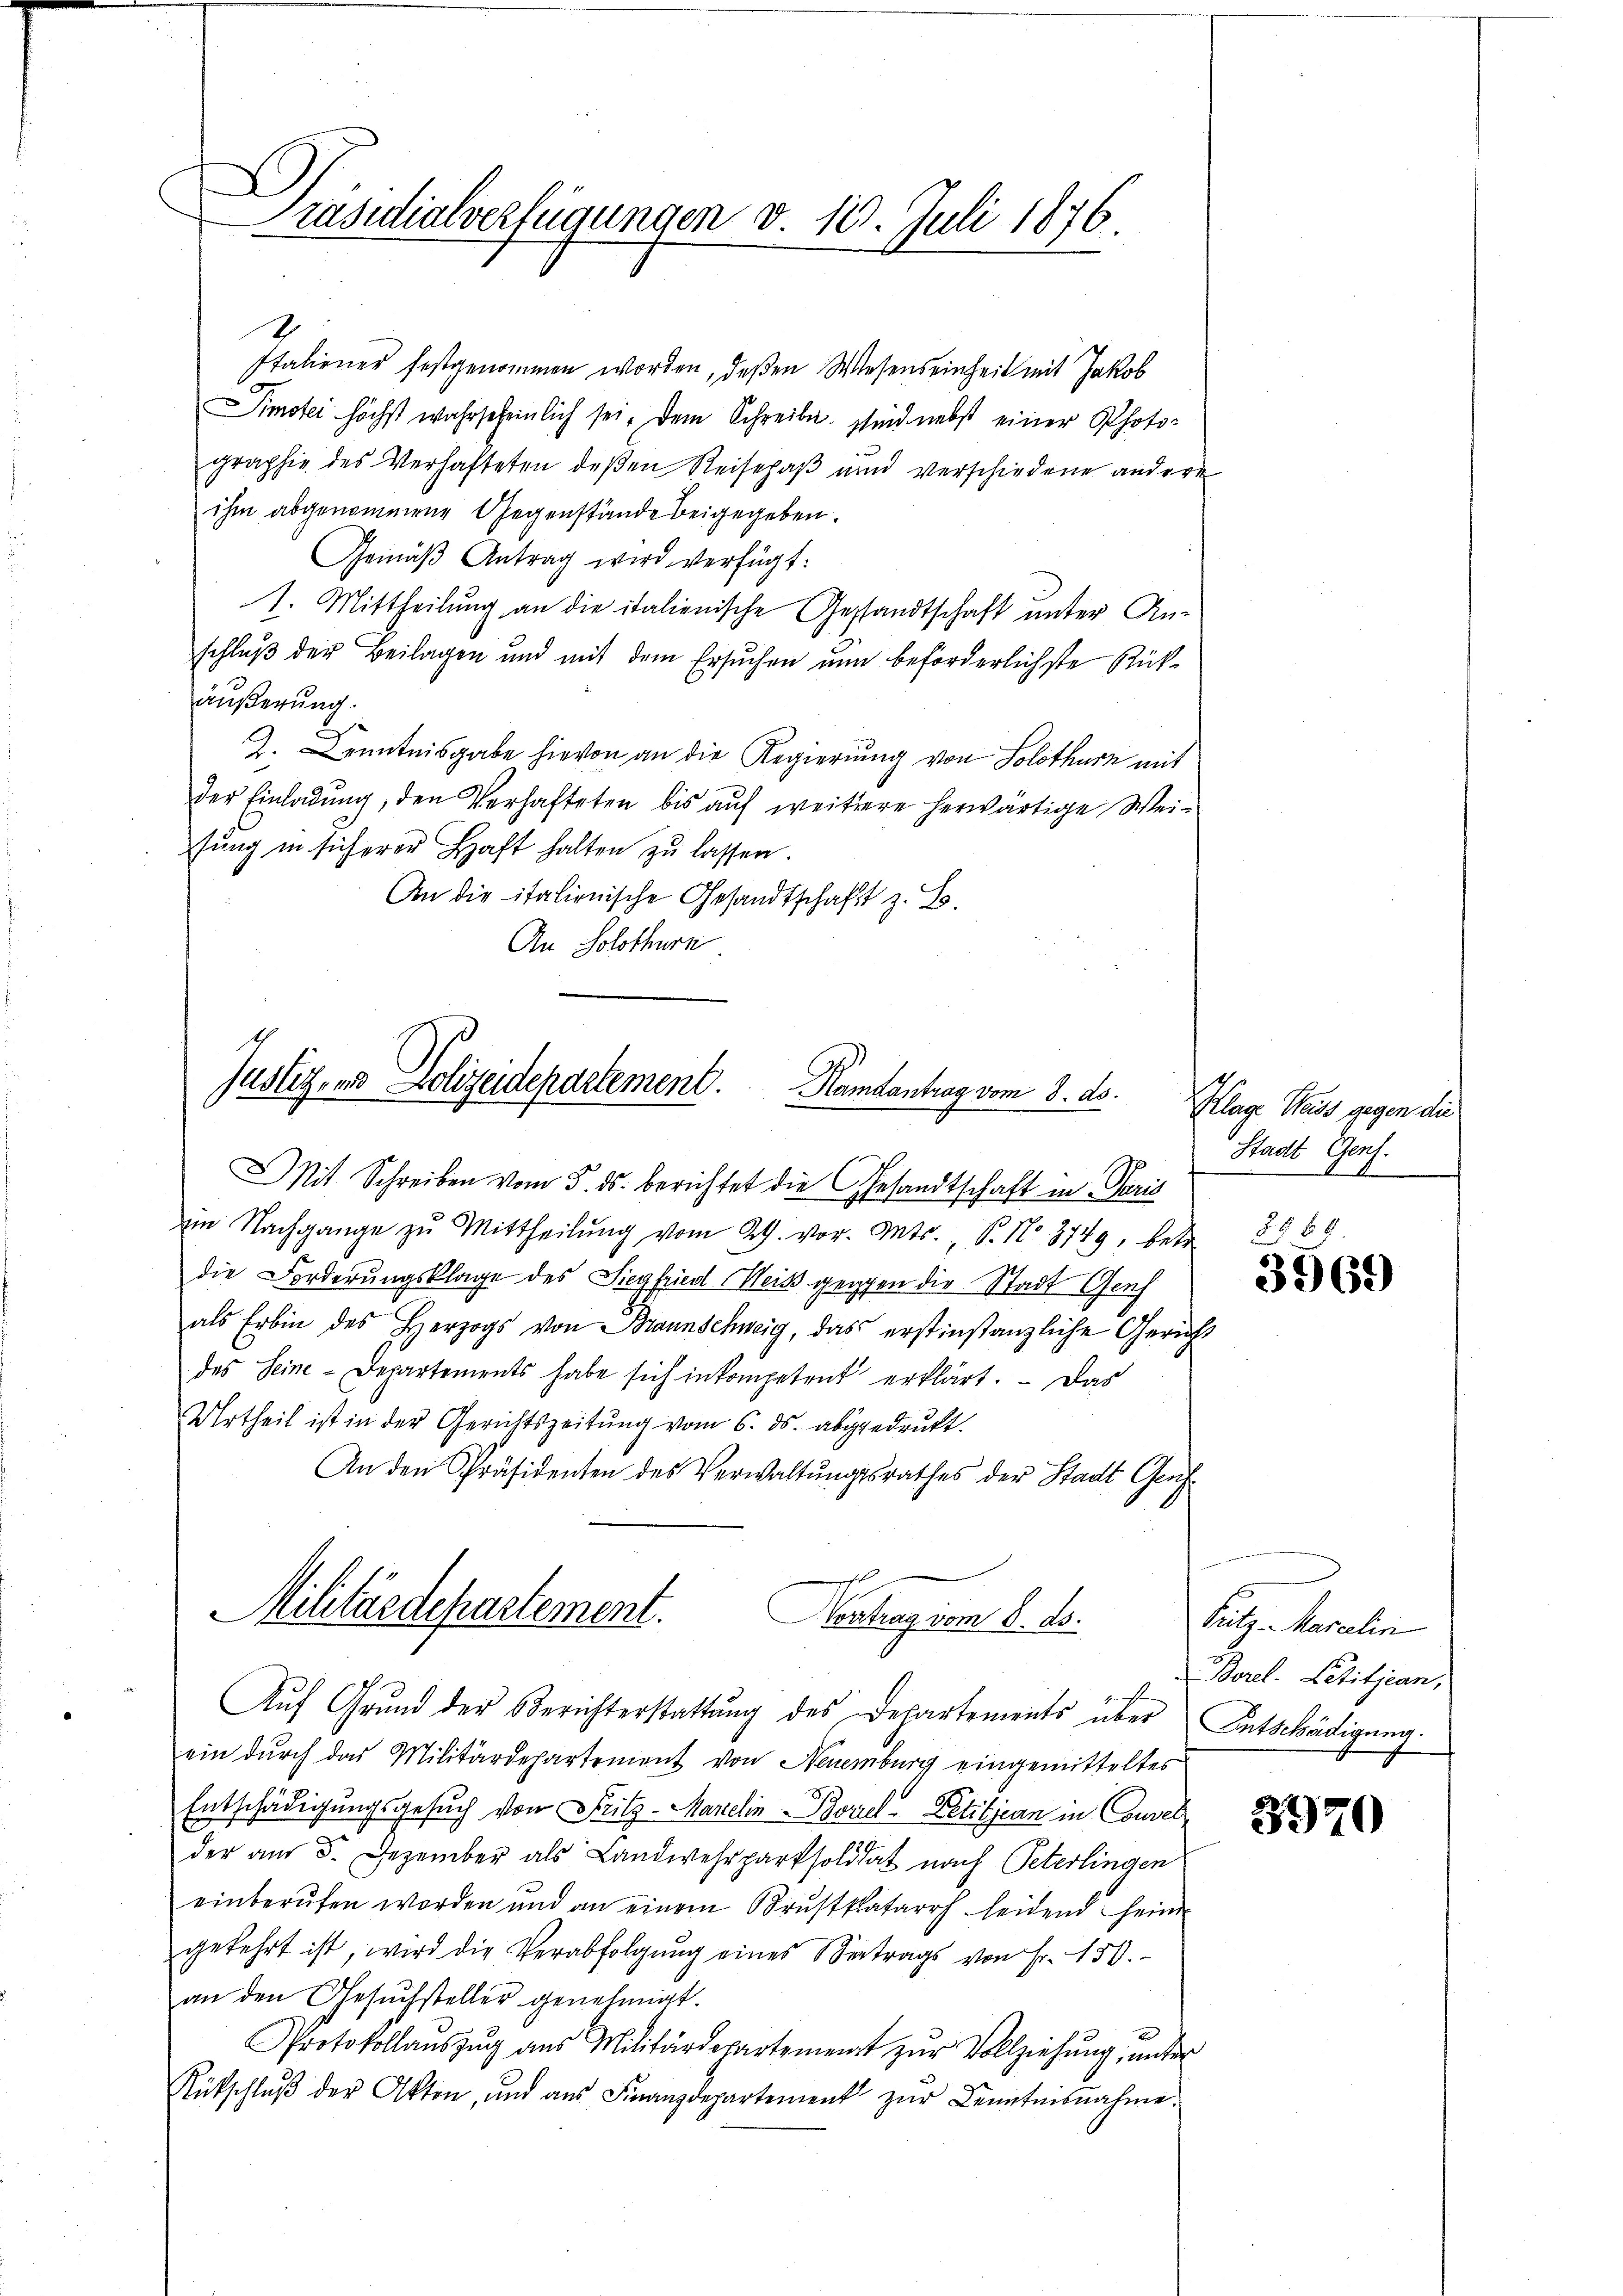
Präsidialverfügungen v. 12. Juli 1876.

Italiener festgenommen worden, deßen Wesenseinheit mit Jakob
Simstei höchst wahrscheinlich sei, dem Schreibe. Sind nebst einer Photographie des Verhafteten deßen Reisehaß und verschiedene andere
ihm abgenommene Gegenstände beigegeben.
Gemäβ Antrag wird verfügt:
s. Mittheilung an die italienische Gestandtschaft unter An-
schluß der Beilagen und mit dem Ersuchen nun beförderlichste Rükäußerung.
Z. Kenntnisgabe hievon an die Regierung von Solothurn mit
der Einladung, den Verhafteten bis auf weitere herwärtige Weisŭng in sicherer Haft halten zu lassen.
An die italienische Gesandtschaft z. B.
An Solothurn
Justiz- und Polizeidepartement. Kambantrag vom 8. ds.
Mit Schreiben vom 5. ds. berichtet die Gesandtschaft in Paris
im Nachgange zŭ Mittheilŭng vom 29. vor. Mts. S. No. 3749, betr.
die Forderungsklage des Siegfried Weis gegen die Stadt Genf
als Erbin des Herzogs von Braunschweig, das erstinstanzliche Gericht
des Seine Departements habe sich inkompetent erklärt. Das
Urtheil ist in der Gerichtszeitung vom 6. ds. abgedruckt.
An den Präsidenten des Verwaltŭngsrathes der Stadt Genf
Militärdepartement.
Contrag vom 8. ds.

2

Klage Haus gegen die
Stadt Gent.
9.
25 x 4
2

Aŭf Grŭnd der Berichterstattŭng des Departements über Entschädigung.
ein durch das Militärdepartement von Neuenburg eingemitteltes
Entschädigungsgesuch von Fritz - Marielin Borel - Petitjean in Couvel
der am 5. Dezember als Landwehrpartsolidat nach Peterlingen
einberufen worden und an einem Brustkatarrh leidend sein
gekehrt ist, wird die Verabfolgŭng eines Vertrags von Fr. 150.
an den Gesŭchsteller genehmigt.
Protokollaŭszŭg aŭs Militärdepartement zŭr Vollziehŭng ŭnter
Rütschlŭβ der Akten, und aŭs Finanzdepartement zŭr Kenntnisnahme.

3569

Pritz Marielin
Borel-Letitjean,

370